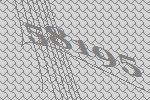
58195